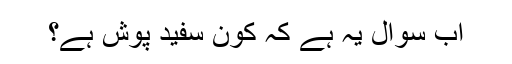
اب سوال یہ ہے کہ کون سفید پوش ہے؟